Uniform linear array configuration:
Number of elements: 64
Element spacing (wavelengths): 1
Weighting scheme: cosine
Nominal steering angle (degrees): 60
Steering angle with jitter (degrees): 58.613
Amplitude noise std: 0.05
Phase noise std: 0.05

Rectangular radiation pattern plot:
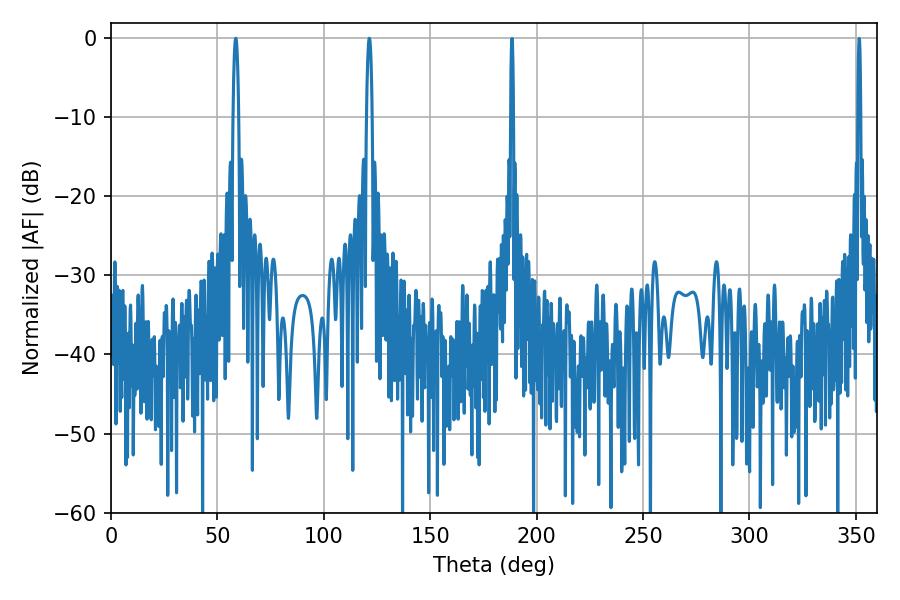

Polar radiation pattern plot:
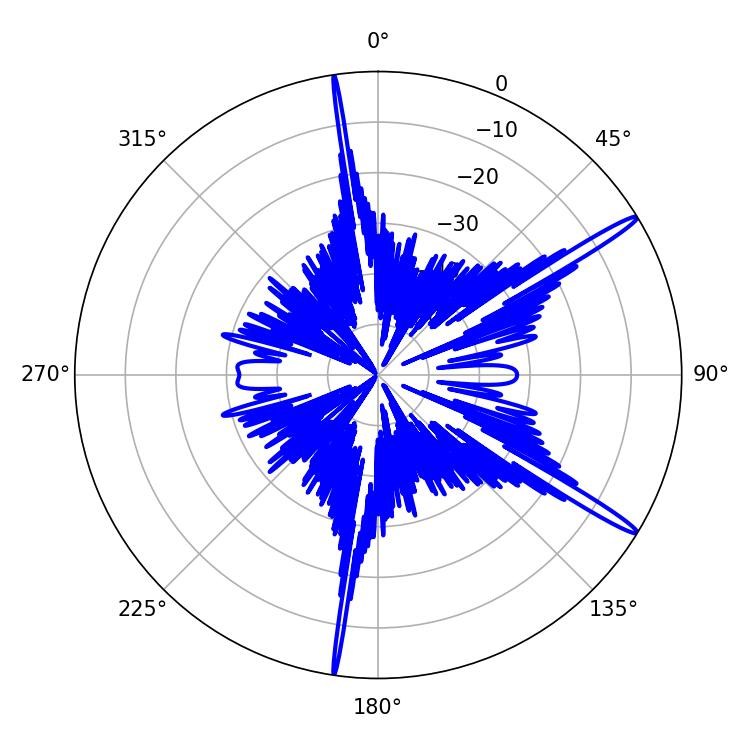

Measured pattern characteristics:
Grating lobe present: TRUE
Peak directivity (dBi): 16.291
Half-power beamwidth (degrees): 1.44
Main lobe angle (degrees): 58.68